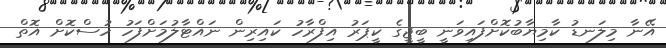
އޭނާ މިލަނޑު ކާމިޔާބުކޮށްފައިވަނީ ބީޖީގެ ކީޕަރު އިފްރާހު ކައިރިން ނައްޓާލުމަށްފަހު ހުސްކޮށް އޮތް